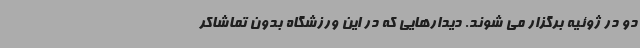
دو در ژوئیه برگزار می شوند. دیدارهایی که در این ورزشگاه بدون تماشاکر